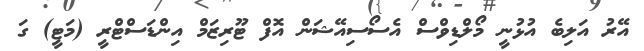
އޭރު އަލިބެ އުޅުނީ މޯލްޑިވްސް އެސޯސިއޭޝަން އޮފް ޓޫރިޒަމް އިންޑަސްޓްރީ (މަޓީ) ގަ